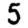
Digit: 5